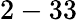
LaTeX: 2-33